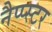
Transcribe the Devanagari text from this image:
नैप्प्स्टर